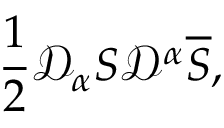
\frac { 1 } { 2 } \mathcal { D } _ { \alpha } S \mathcal { D } ^ { \alpha } \overline { { { S } } } ,